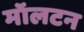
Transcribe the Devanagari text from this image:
मॉलटन